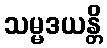
သမ္မဒယန္တိ